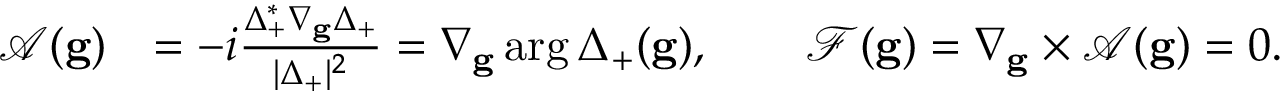
\begin{array} { r l } { \mathcal { A } ( \mathbf { g } ) } & { = - i \frac { \Delta _ { + } ^ { * } \nabla _ { \mathbf { g } } \Delta _ { + } } { | \Delta _ { + } | ^ { 2 } } = \nabla _ { \mathbf { g } } \arg \Delta _ { + } ( \mathbf { g } ) , \qquad \mathcal { F } ( \mathbf { g } ) = \nabla _ { \mathbf { g } } \times \mathcal { A } ( \mathbf { g } ) = 0 . } \end{array}